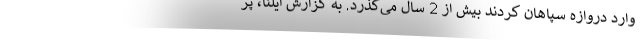
وارد دروازه سپاهان کردند بیش از 2 سال می‌گذرد. به گزارش ایلنا، پر